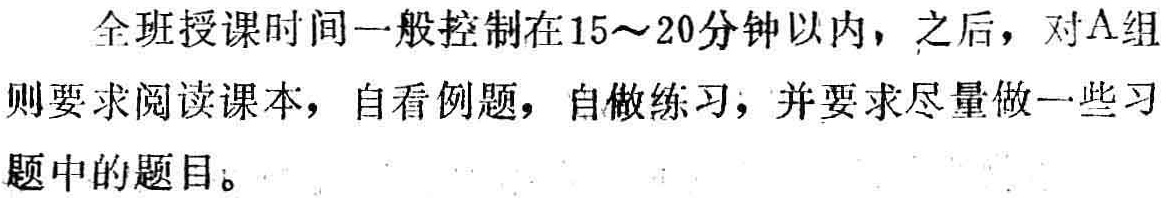
全班授课时间一般控制在15～20分钟以内，之后，对A组则要求阅读课本，自看例题，自做练习，并要求尽量做一些习题中的题目。